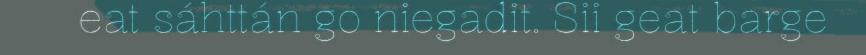
eat sáhttán go niegadit. Sii geat barge